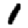
Digit: 1